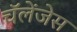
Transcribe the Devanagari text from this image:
चॅलेंजेस